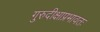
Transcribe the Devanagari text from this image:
गुरुदीक्षाप्रभावतः